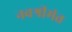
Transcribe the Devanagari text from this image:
नवश्रीमंत